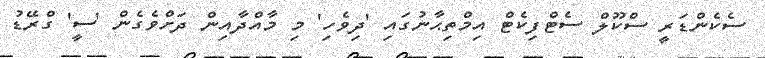
ސެކެންޑަރީ ސްކޫލް ސެޓްފިކެޓް އިމްތިޙާނުގައި 'ދިވެހި' މި މާއްދާއިން ދަށްވެގެން 'ސީ' ގްރޭޑު